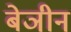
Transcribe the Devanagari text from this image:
बेञीन